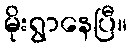
မိုးရွာနေပြီ။